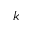
k